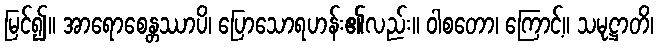
မြင်၍။ အာရောစေန္တဿာပိ၊ ပြောသောရဟန်း၏လည်း။ ဝါစတော၊ ကြောင့်။ သမုဋ္ဌာတိ၊